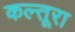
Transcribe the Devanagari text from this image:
कल्तूरा